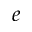
e